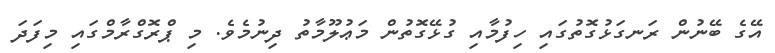
އޭގެ ބޭނުން ރަނގަޅުގޮތުގައި ހިފުމާއި ގުޅޭގޮތުން މަޢުލޫމާތު ދިނުމެވެ. މި ޕްރޮގްރާމްގައި މިފަދަ